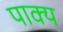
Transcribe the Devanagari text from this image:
पाक्य